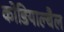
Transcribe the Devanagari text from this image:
कोडियाल्बैल